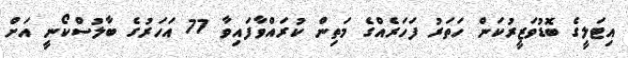
އިޓަލީގެ ބޮޑުވަޒީރުކަން ހަތަރު ފަހަރެއްގެ މަތިން ކުރައްވާފައިވާ 77 އަހަރުގެ ބާލުސްކޯނީ އަށް